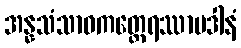
အန္နသံသာဝကတ္ထေရဿာပဒါနံ